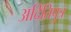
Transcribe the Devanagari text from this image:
अदितिपुत्र